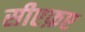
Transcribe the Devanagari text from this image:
सीएफ़ए